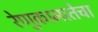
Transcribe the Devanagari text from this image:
रेणुकामातेचा